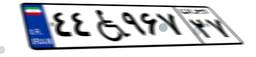
۴۵W۰۹۸۶۷